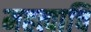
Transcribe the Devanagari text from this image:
महत्वाचि